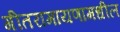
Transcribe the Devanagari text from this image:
गीतरामायणामधील